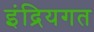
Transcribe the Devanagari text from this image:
इंद्रियगत